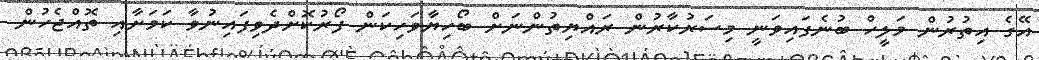
އޭގެ އިތުރުން މަލީހް ބުނެފައިވަނީ މިސަރުކާރުން ރައްޔިތުންނަށް ބޯހިޔާވަހިކަން ފޯރުކޮށްދެވިފައިނުވާ ކަމަށާއި ތޮއްޖެހުން